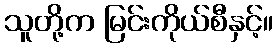
သူတို့က မြင်းကိုယ်စီနှင့်။